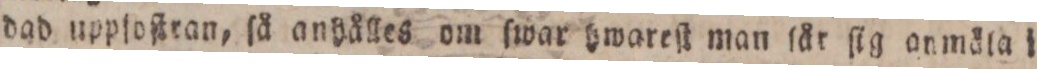
dad uppſoſtran, ſå anhålles om ſwar hwareſt man ſår ſig anmäla i